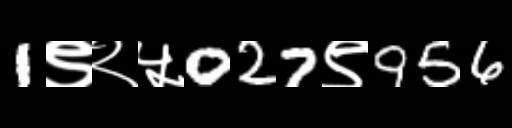
Text: 1९२५027९956